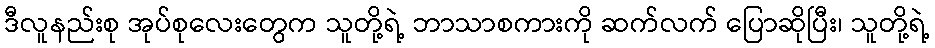
ဒီလူနည်းစု အုပ်စုလေးတွေက သူတို့ရဲ့ ဘာသာစကားကို ဆက်လက် ပြောဆိုပြီး၊ သူတို့ရဲ့